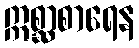
ဣစ္ဆာစာရေန